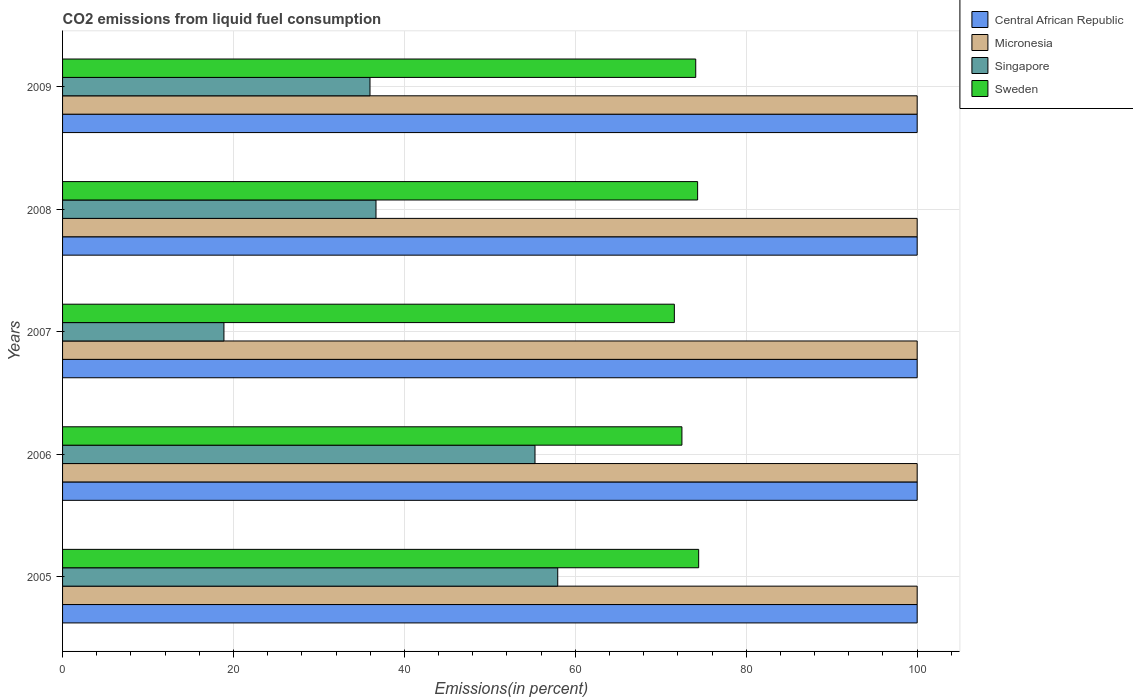
| Years | Central African Republic | Micronesia | Singapore | Sweden |
 | --- | --- | --- | --- | --- |
 | 2005 | 100 | 100 | 57.9 | 74.4 |
 | 2006 | 100 | 100 | 55.3 | 72.5 |
 | 2007 | 100 | 100 | 18.9 | 71.6 |
 | 2008 | 100 | 100 | 36.7 | 74.3 |
 | 2009 | 100 | 100 | 36 | 74.1 |